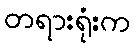
တရားရုံးက